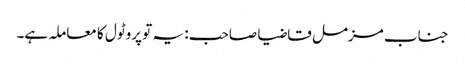
جناب مزمل قاضیا صاحب : یہ تو پروٹول کا معاملہ ہے۔